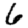
Digit: 6